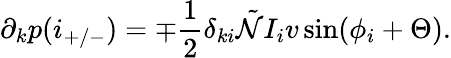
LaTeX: \partial_{k}p(i_{+/-})=\mp\frac{1}{2}\delta_{ki}\tilde{\mathcal{N}}I_{i}v\sin(\phi_{i}+\Theta).